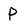
Character: P